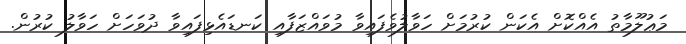
މަޢުލޫމާތު އެއްކޮށް އެކަން ކުރުމަށް ހަވާލުވެފައިވާ މުވައްޒަފާއި ކަނޑައެޅިފައިވާ ދުވަހަށް ހަވާލު ކުރުން.